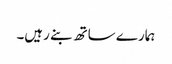
ہمارے ساتھ بنے رہیں۔